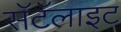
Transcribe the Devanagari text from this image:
सॅटॅलाइट